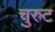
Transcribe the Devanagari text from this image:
चुरुट